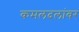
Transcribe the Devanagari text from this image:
कमलदलांवर